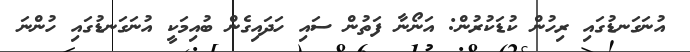
އުނަގަނޑުގައި ރިހުން ކުޑަކުރުން: އަނޯނާ ފަތުން ސައި ހަދައިގެން ބުއިމަކީ އުނަގަނޑުގައި ހުންނަ